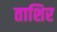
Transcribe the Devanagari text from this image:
ताशिर